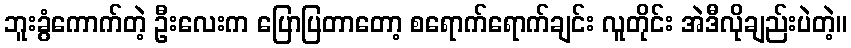
ဘူးခွံကောက်တဲ့ ဦးလေးက ပြောပြတာတော့ စရောက်ရောက်ချင်း လူတိုင်း အဲဒီလိုချည်းပဲတဲ့။